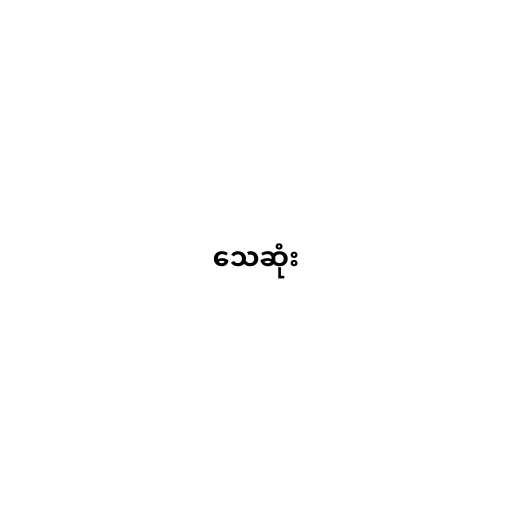
သေဆုံး